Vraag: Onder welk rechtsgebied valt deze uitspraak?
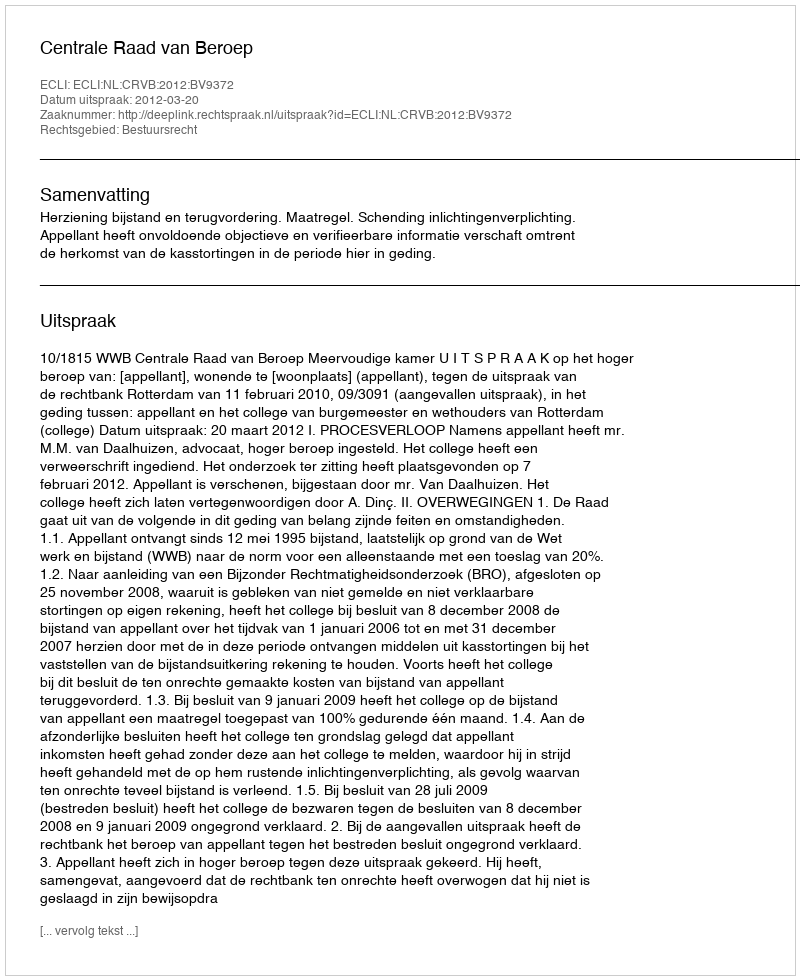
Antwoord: Bestuursrecht